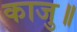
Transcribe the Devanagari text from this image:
काजु॥